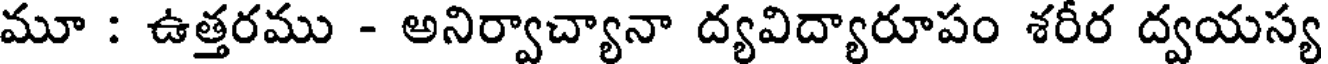
మూ : ఉత్తరము - అనిర్వాచ్యానా ద్యవిద్యారూపం శరీర ద్వయస్య